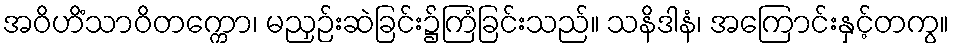
အဝိဟိံသာဝိတက္ကော၊ မညှဉ်းဆဲခြင်း၌ကြံခြင်းသည်။ သနိဒါနံ၊ အကြောင်းနှင့်တကွ။